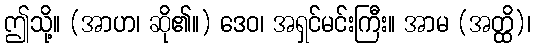
ဤသို့။ (အာဟ၊ ဆို၏။) ဒေဝ၊ အရှင်မင်းကြီး။ အာမ (အတ္ထိ)၊